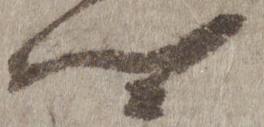
卿